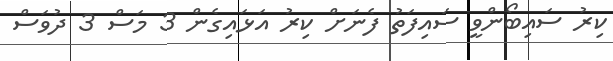
ކިރު ސައިބޯންވީ ސައިފަތު ފެނަށް ކިރު އަޅައިގެން 3 މަސް 3 ދުވަސް